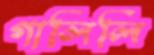
গালিলি